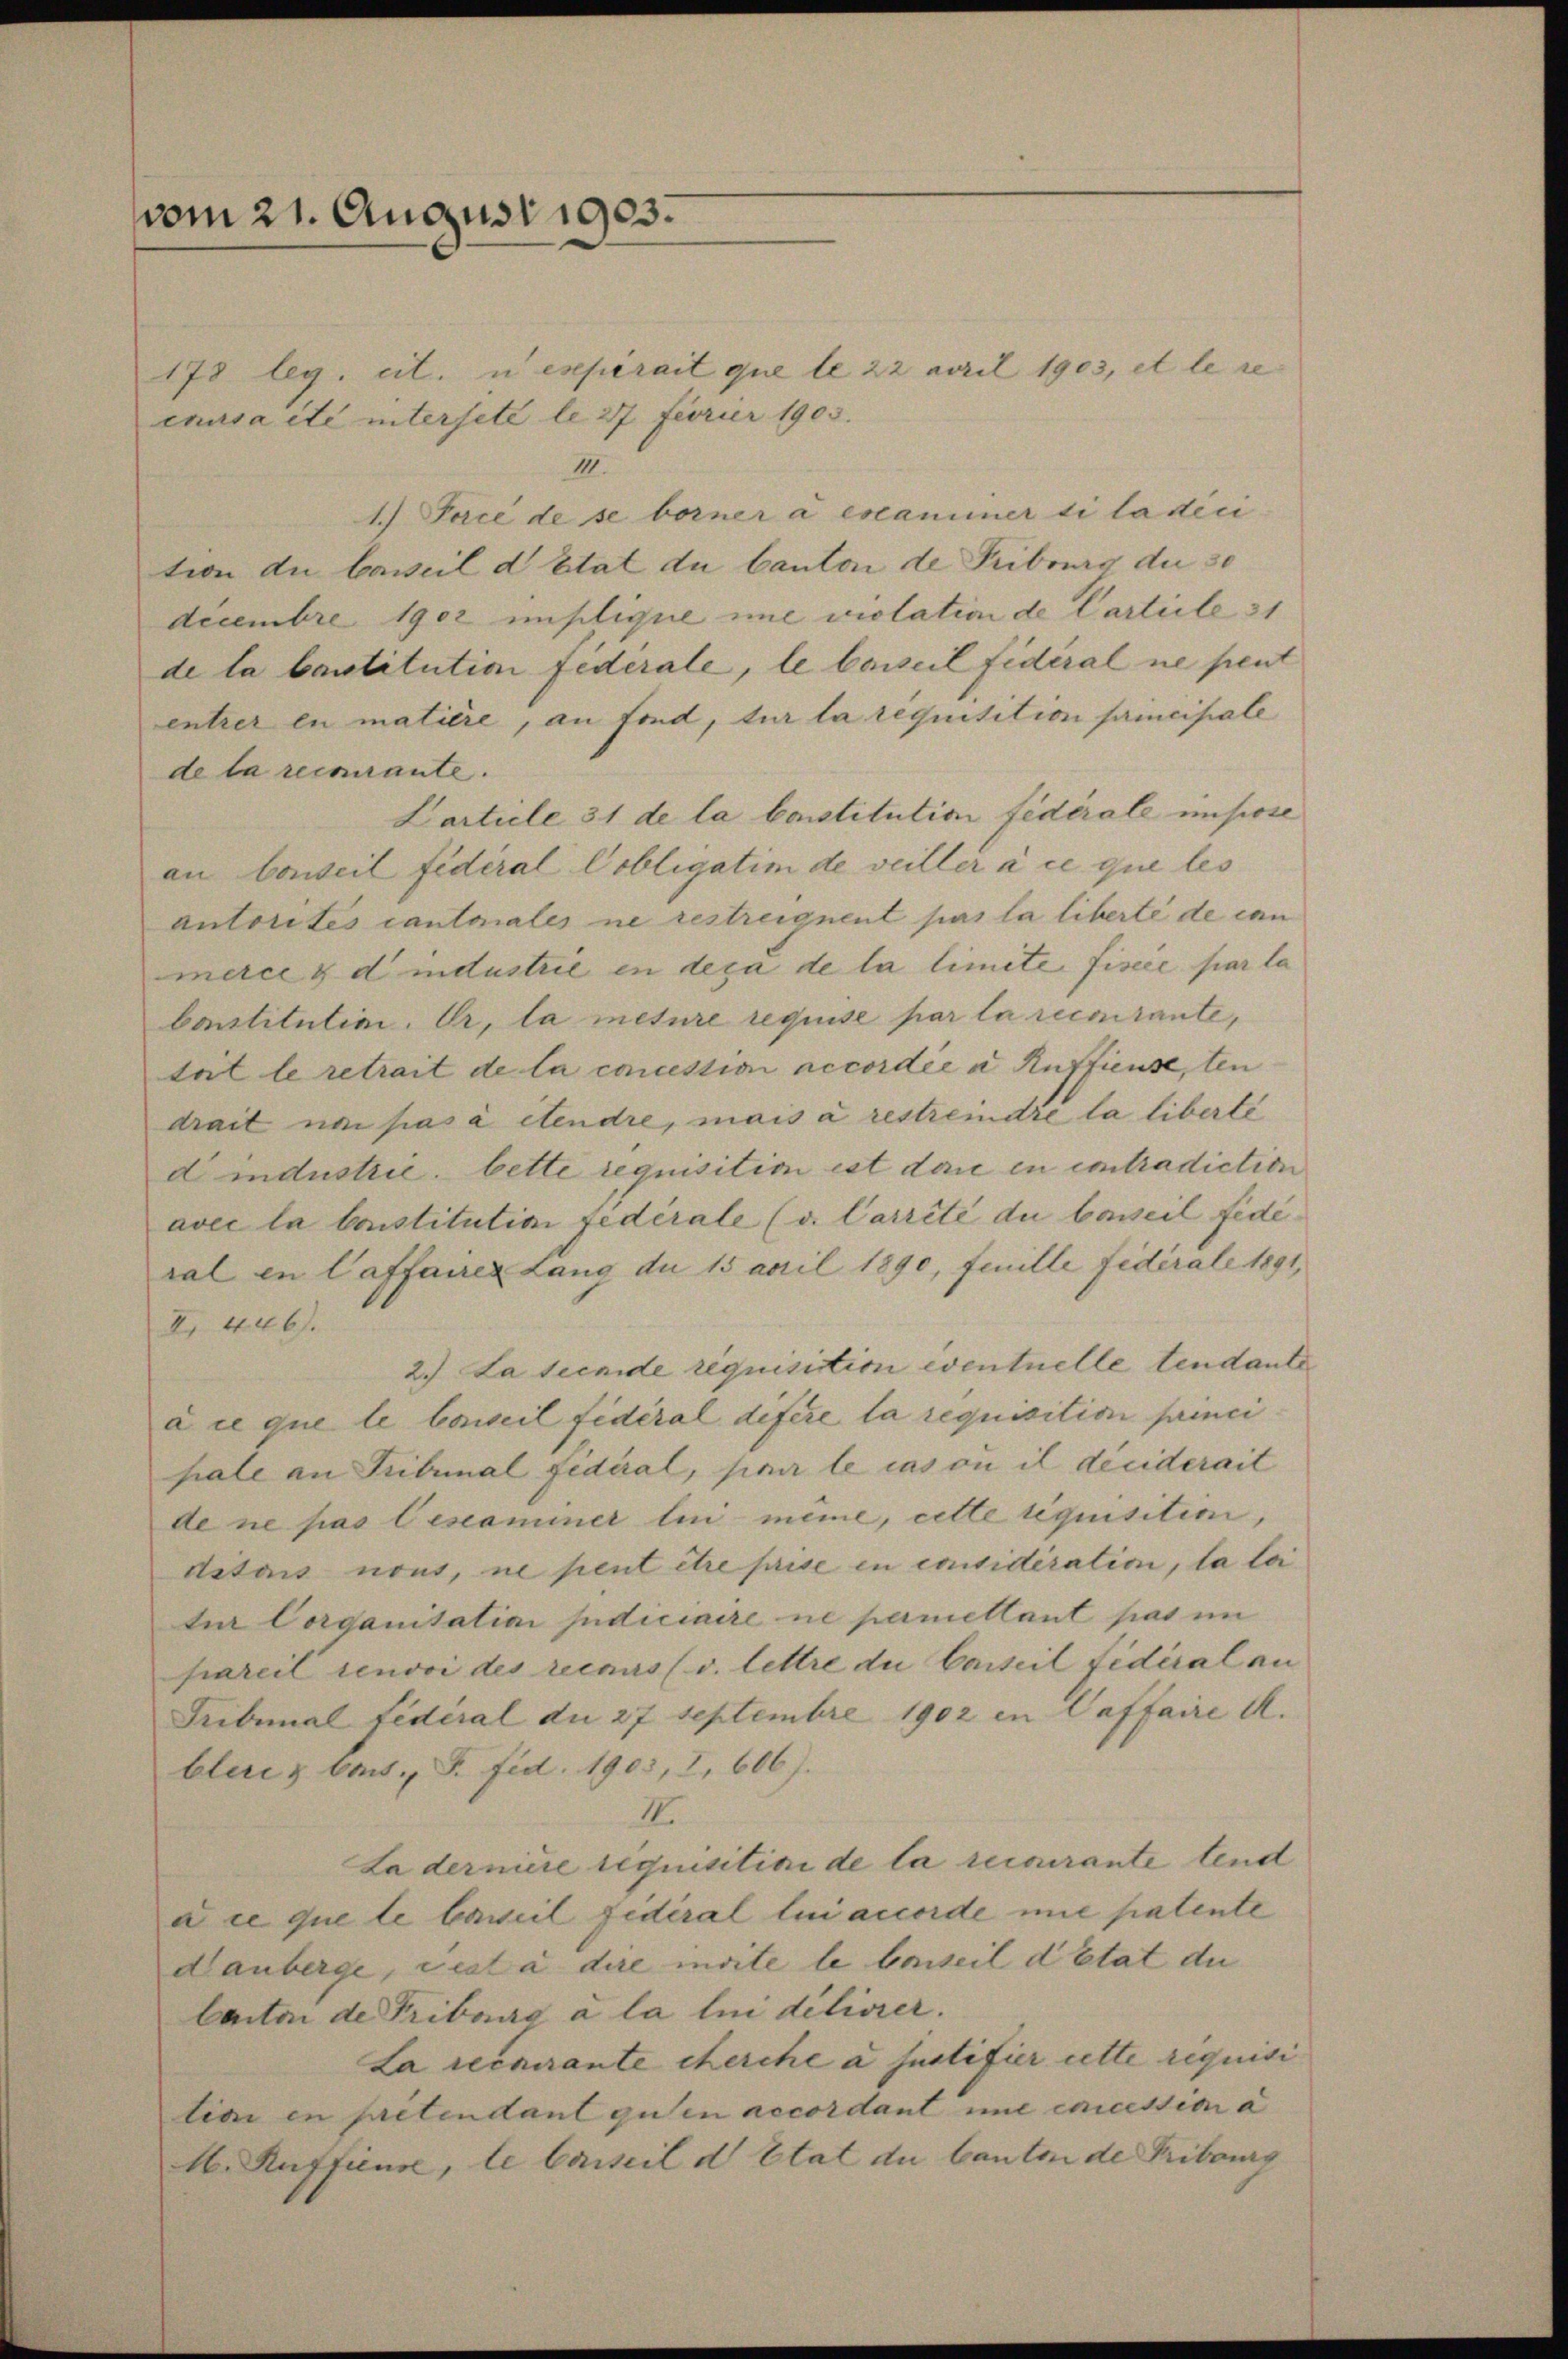
vom 21. August 1903.

178 leg. cit. u expirait que le 22 April 1903, et le re
causa ité intersete le 27 Ferier 1903.
III.
1.) Face de se borner a examiner si la dici
tion du Caweil d Etat du Canton de Fribourg die 30
Decembre 1902 implique imme violation de Carteile 31
de la bestitution fidérale, le beweil fidéral ne peut
entrer en matière, an Fond, sur la réquisition principale
de la recurante.
Carticle 31 de la bonstitution fidérale impose
an Conseil fédéral Cobligatim de veiller à ce que les
autorites cantonales ne restreignent pas la liberté de can
merce & d industrie in deca de la limite fiscie par la
Constitution. Er, la meture requise par la recurante,
toit le retrait de la concession accordée a Auffieuse, ten
drait ne pas à étendre, mais à restreidré la liberté
dindustrie. bette requisition ist dan in contradiction
avec la Constitution fidérale (v. Carrité du beweil fédéral in Caffairen Lang du 15 April 1890, feuille fidérale 1891,
XI. 426.
2.) Lateinde requisition eventuelle tendante
à ce que le Conseil fédéral difere la requisition princi
pale an Tribunal fidéral, par le cas où il déciderait
de ne pas leseaminer lui-même, cette liquisition,
Astais nous, ne peut être prise in considération, la loi
tur Corganitatia judiciaire ne panellant pas im
pareil renvoi des recus (v. Lettre du Carteil fidéral an
Tribunal fédéral du 27 Septembre 1902 in Caffaire u.
blenz beit., S. Fid. 1903, 2, 606).
III.
Ladernire requisitiae de la recourante tend
aie que le beweil fidéral lui accorde nie patente
danberge, viel à dire invite le bonseil d’Etat du
Canton de Tribung à la lui délivrer.
La recurante cherche a justifier cette requisi
tian in pretendant guten accordant une concession a
16. Auffieuse, le Carteil d Etat du Canton de Fribourg